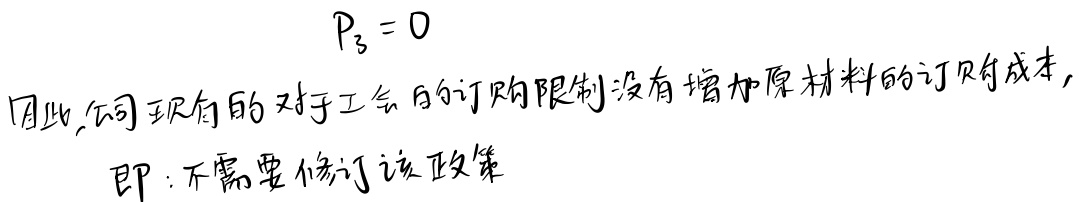
\[P_{3}=0\]
因此，公司现有的对于工会的订购限制没有增加原材料的订购成本，即：不需要修订该政策